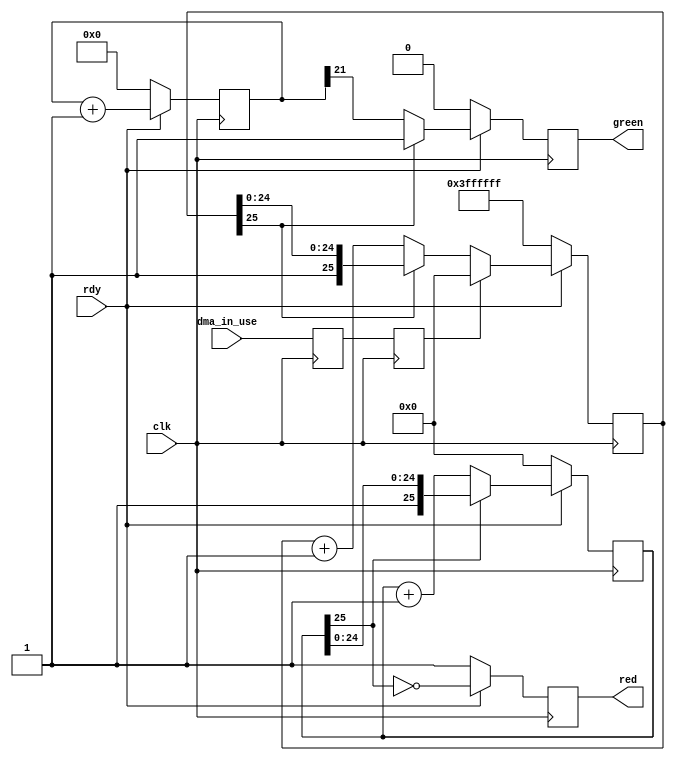
`timescale 1ns / 1ps
//////////////////////////////////////////////////////////////////////////////////
// Company: 
// Engineer: 
// 
// Design Name: 
// Module Name:    DMA_LED_driver 
// Project Name: 
// Target Devices: 
// Tool versions: 
// Description: 
//
// Dependencies: 
//
// Revision: 
// Revision 0.01 - File Created
// Additional Comments: 
//
//////////////////////////////////////////////////////////////////////////////////
module DMA_LED_driver(
		input clk, //33Mhz clock
		input rdy,
		input dma_in_use,
		output green,
		output red
    );
	 
reg red_reg;
reg green_reg;
reg [22:0] blink_cnt;
wire trans_data;
reg dma_in_use_pipe_1;
reg dma_in_use_pipe_2;
reg [25:0] blink_valid_cnt;
reg [25:0] blink_red_cnt;

always@(posedge clk) begin
	dma_in_use_pipe_1<=dma_in_use;
	dma_in_use_pipe_2<=dma_in_use_pipe_1;
end

assign trans_data=  dma_in_use_pipe_2;

always@(posedge clk) begin
	if(~rdy)
		red_reg<=1'b1;
	else
		red_reg<=(~blink_red_cnt[25]);
end

always@(posedge clk) begin
	if(~rdy)
		blink_red_cnt<=26'b0;
	else if(blink_red_cnt[25]==1'b0)
		blink_red_cnt<=blink_red_cnt+1'b1;
	else
		blink_red_cnt<=blink_red_cnt;
end

always@(posedge clk) begin
	if(~rdy)
		green_reg<=1'b0;
	else if(blink_valid_cnt[25]==1'b0)
		green_reg<=blink_cnt[21];
	else
		green_reg<=1'b1;
end

always@(posedge clk) begin
	if(~rdy)
		blink_cnt<=23'b0;
	else	
		blink_cnt<=blink_cnt+1'b1;
end

always@(posedge clk) begin
	if(~rdy)
			blink_valid_cnt<=26'h3FFFFFF;
	else if(trans_data)
			blink_valid_cnt<=26'b0;
	else if(blink_valid_cnt[25]==1'b0)
			blink_valid_cnt<=blink_valid_cnt+1'b1;
	else
			blink_valid_cnt<=blink_valid_cnt;			
end


assign red =red_reg;
assign green =green_reg;

endmodule